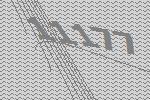
11177